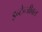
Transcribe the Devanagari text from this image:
इन्टेन्जीबल